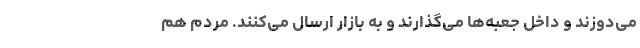
می‌دوزند و داخل جعبه‌ها می‌گذارند و به بازار ارسال می‌کنند. مردم هم